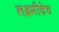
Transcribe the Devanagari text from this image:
लक्ष्मीचेच